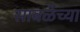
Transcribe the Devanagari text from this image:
साबळेंच्या